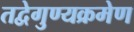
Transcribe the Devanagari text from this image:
तद्वेगुण्यक्रमेण